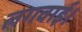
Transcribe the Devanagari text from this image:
लगवाई।